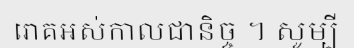
រោគអស់កាលជានិច្ច ។ សូម្បី